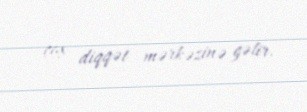
çox diqqət mərkəzinə gəlir.